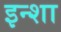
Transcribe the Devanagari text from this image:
इन्शा